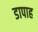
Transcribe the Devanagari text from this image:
डापाह